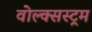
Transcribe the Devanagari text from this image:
वोल्क्सस्ट्रम